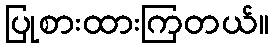
ပြုစားထားကြတယ်။